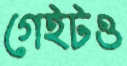
গেইটও